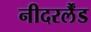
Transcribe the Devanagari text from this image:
नीदरर्लैंड